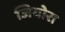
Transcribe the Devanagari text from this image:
जियोरा